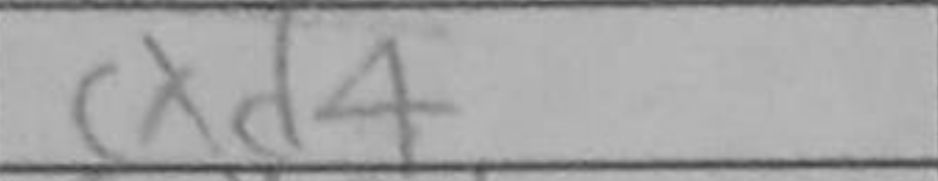
Transcription: cxd4